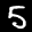
Label: 5